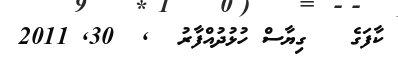
ކާފަގެ   ގިޔާސް ހުޅުދުއްފާރު